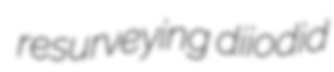
resurveying diiodid